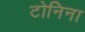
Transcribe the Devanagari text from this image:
टोनिना